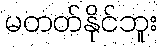
မတတ်နိုင်ဘူး